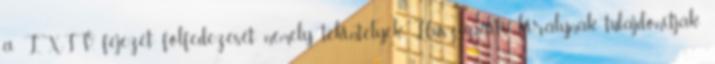
a LXIV. fejezet fölfedezését némely tekintélyek Huszapaiti királynak tulajdonítják;